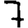
Digit: 7